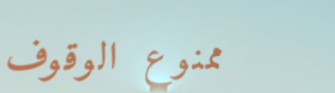
ممنوع الوقوف